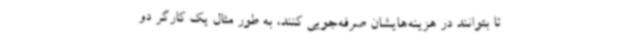
تا بتوانند در هزینه‌هایشان صرفه‌جویی کنند، به طور مثال یک کارگر دو